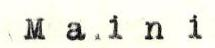
Maini